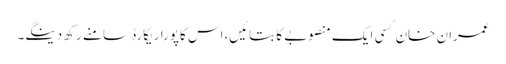
عمران خان کسی ایک منصوبے کا بتائیں،اس کاپوراریکارڈ سامنے رکھ دینگے۔